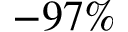
- 9 7 \%